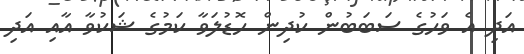
އަދި އެ ވަހުގެ ސަބަބުން ކުދިން ހޮޑުލަވާ ކަމުގެ ޝަކުވާ އާއި އަދި